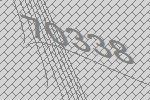
70338